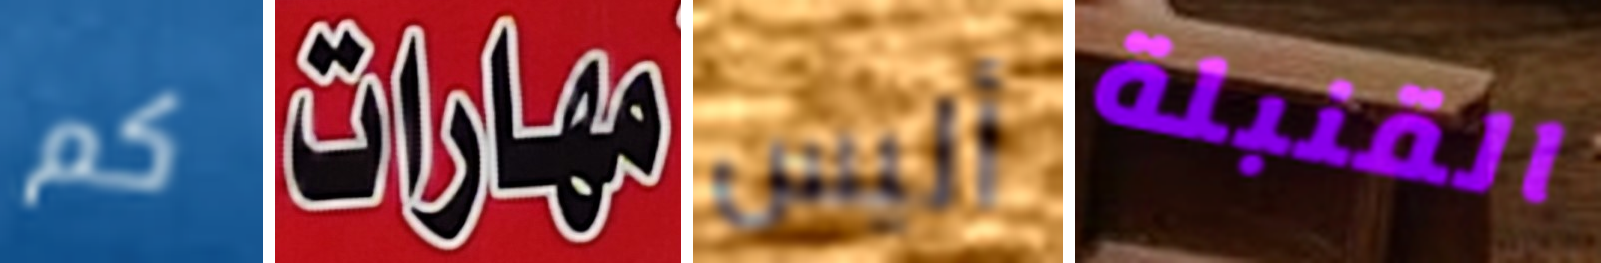
كم مهارات أليس القنبلة